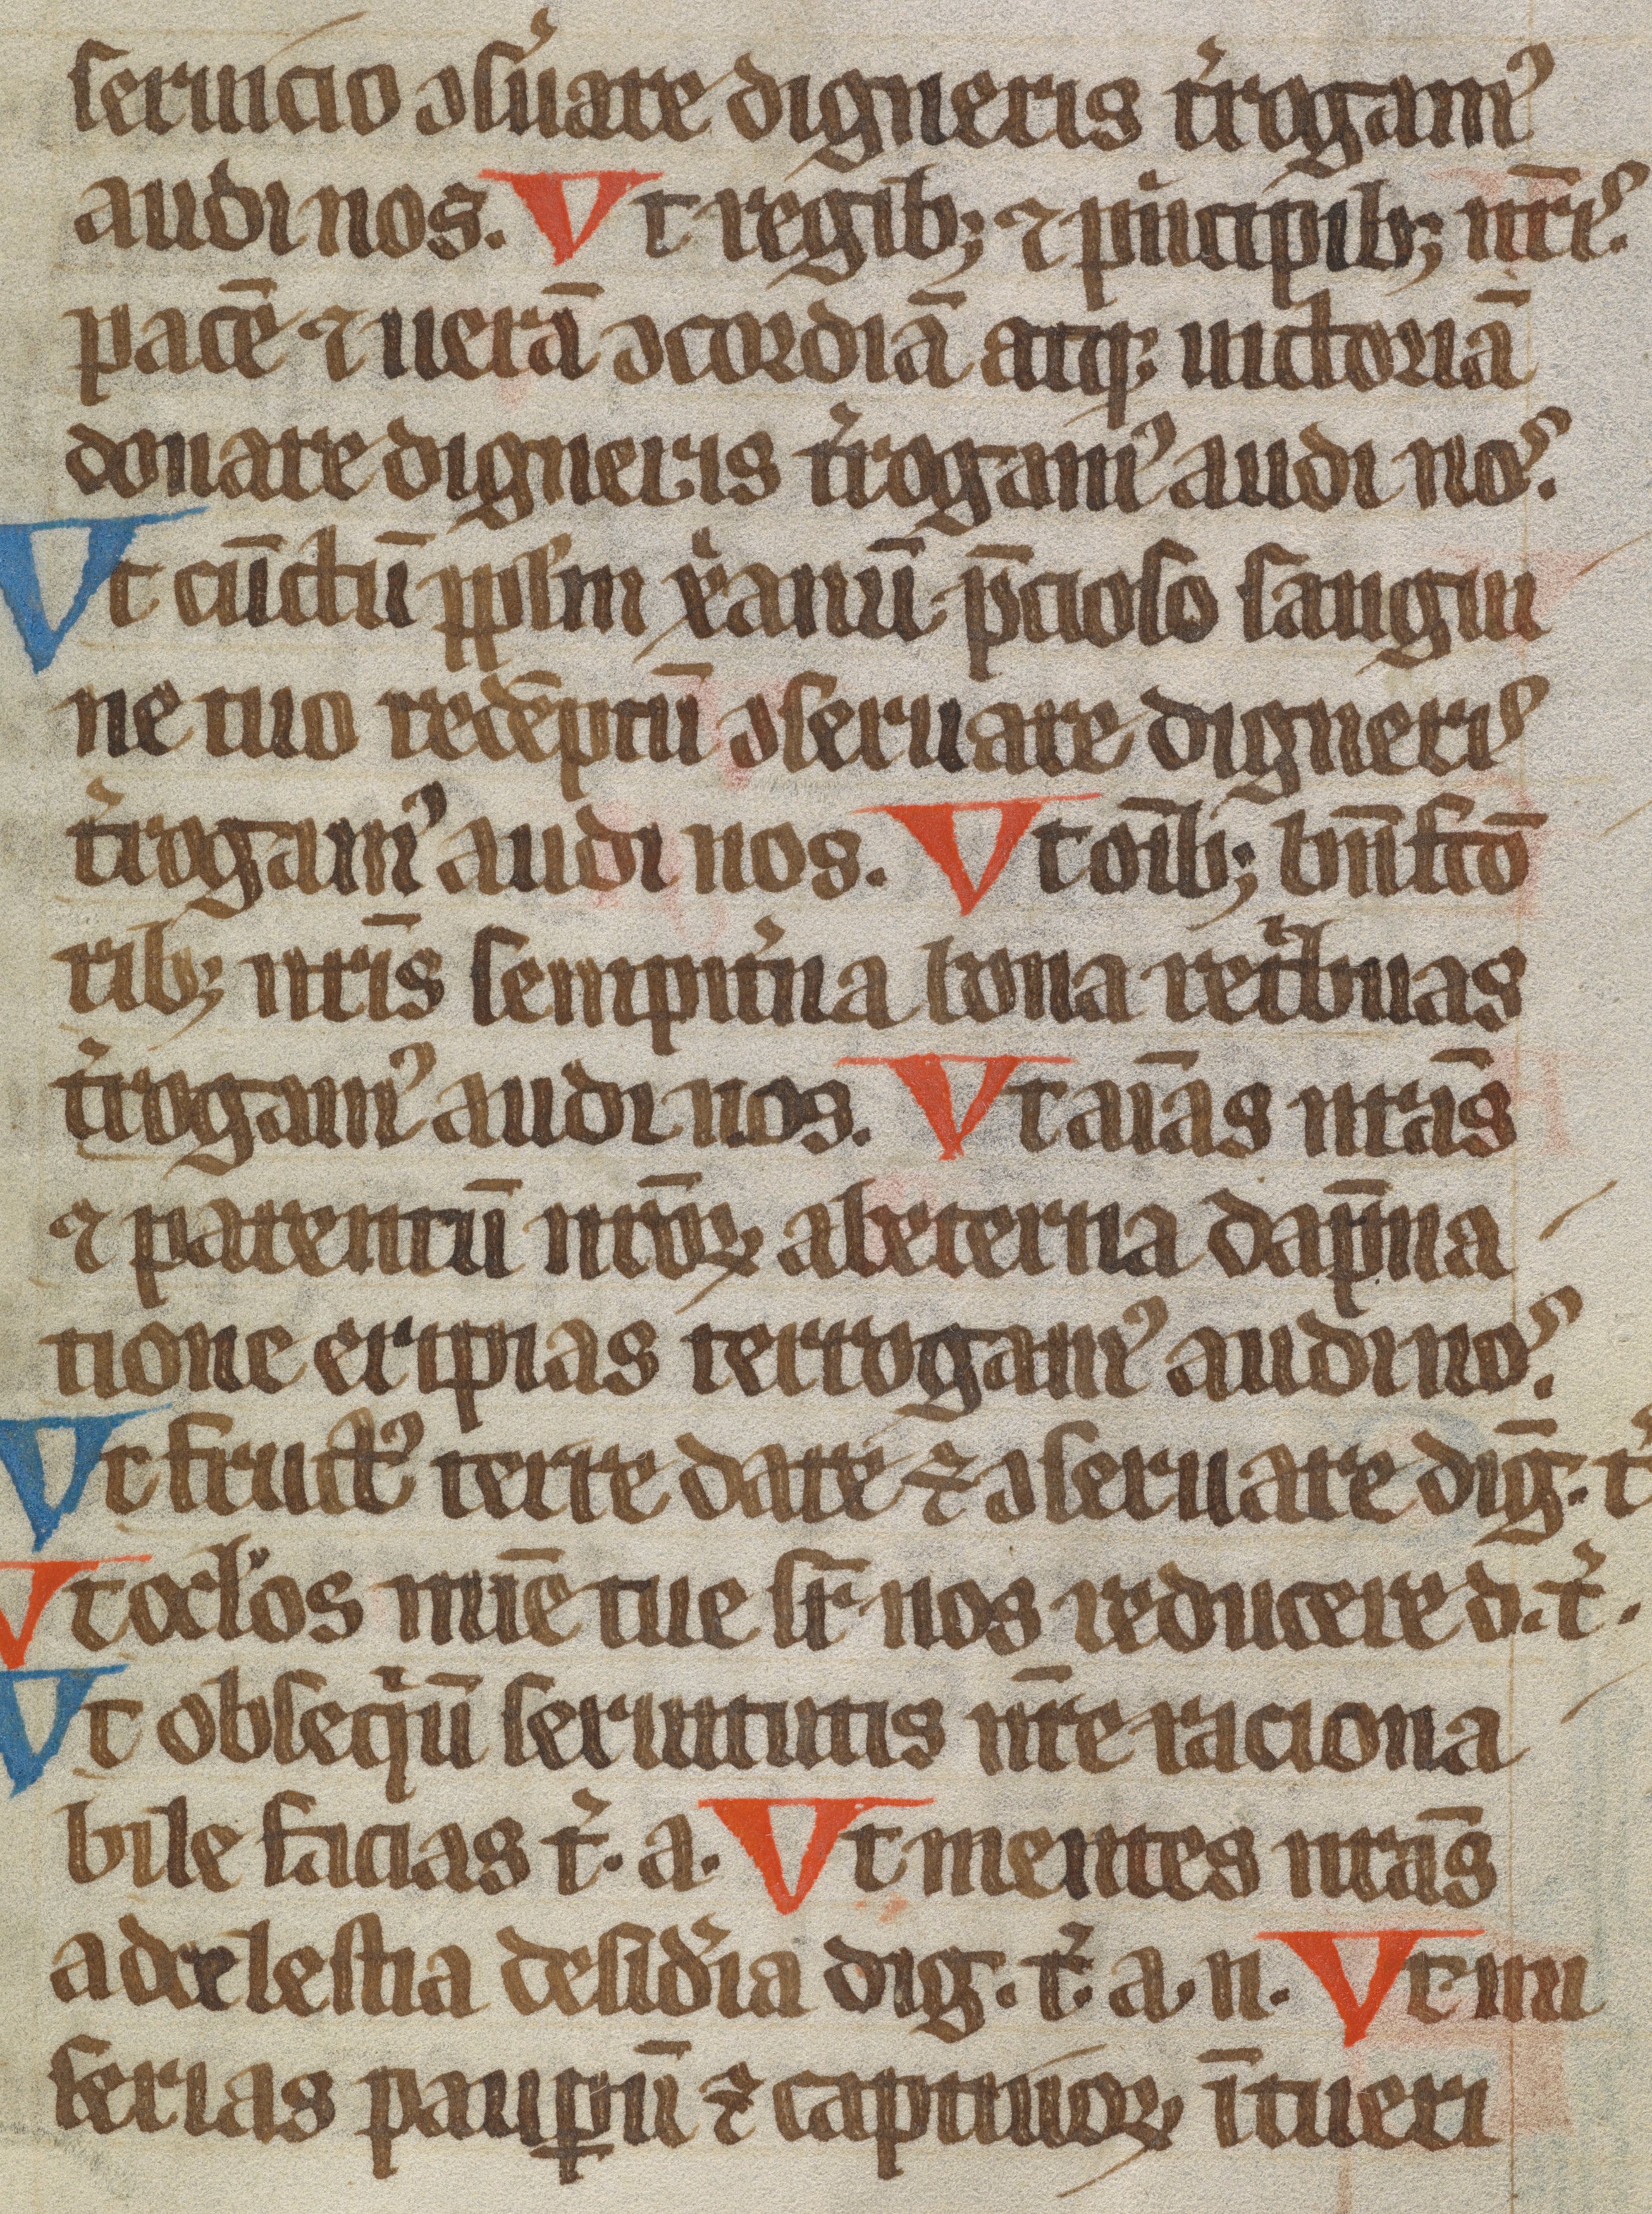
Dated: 1300–1399